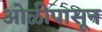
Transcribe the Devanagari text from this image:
ओळीपासून